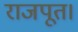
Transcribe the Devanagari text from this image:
राजपूत।